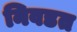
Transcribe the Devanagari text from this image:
निवडत